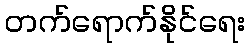
တက်ရောက်နိုင်ရေး